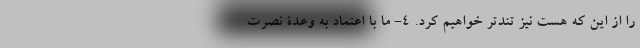
را از این که هست نیز تندتر خواهیم کرد. ۴- ما با اعتماد به وعدة نصرت